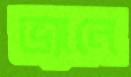
ভ্যানে